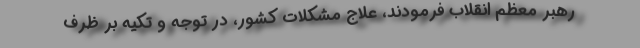
رهبر معظم انقلاب فرمودند، علاج مشکلات کشور، در توجه و تکیه بر ظرف